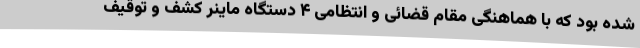
شده بود که با هماهنگی مقام قضائی و انتظامی ۴ دستگاه ماینر کشف و توقیف